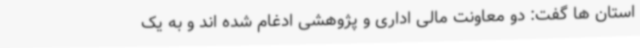
استان ها گفت: دو معاونت مالی اداری و پژوهشی ادغام شده اند و به یک